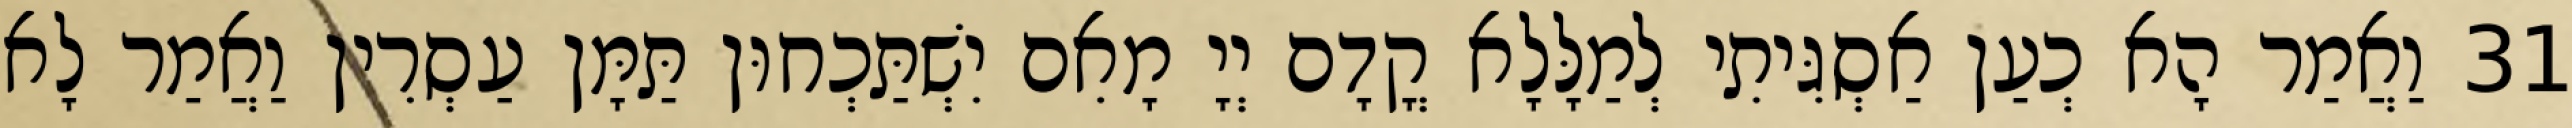
31 וַאֲמַר הָא כְעַן אַסְגִּיתִי לְמַלָּלָא קֳדָם יְיָ מָאִם יִשְׁתַּכְחוּן תַּמָּן עַסְרִין וַאֲמַר לָא